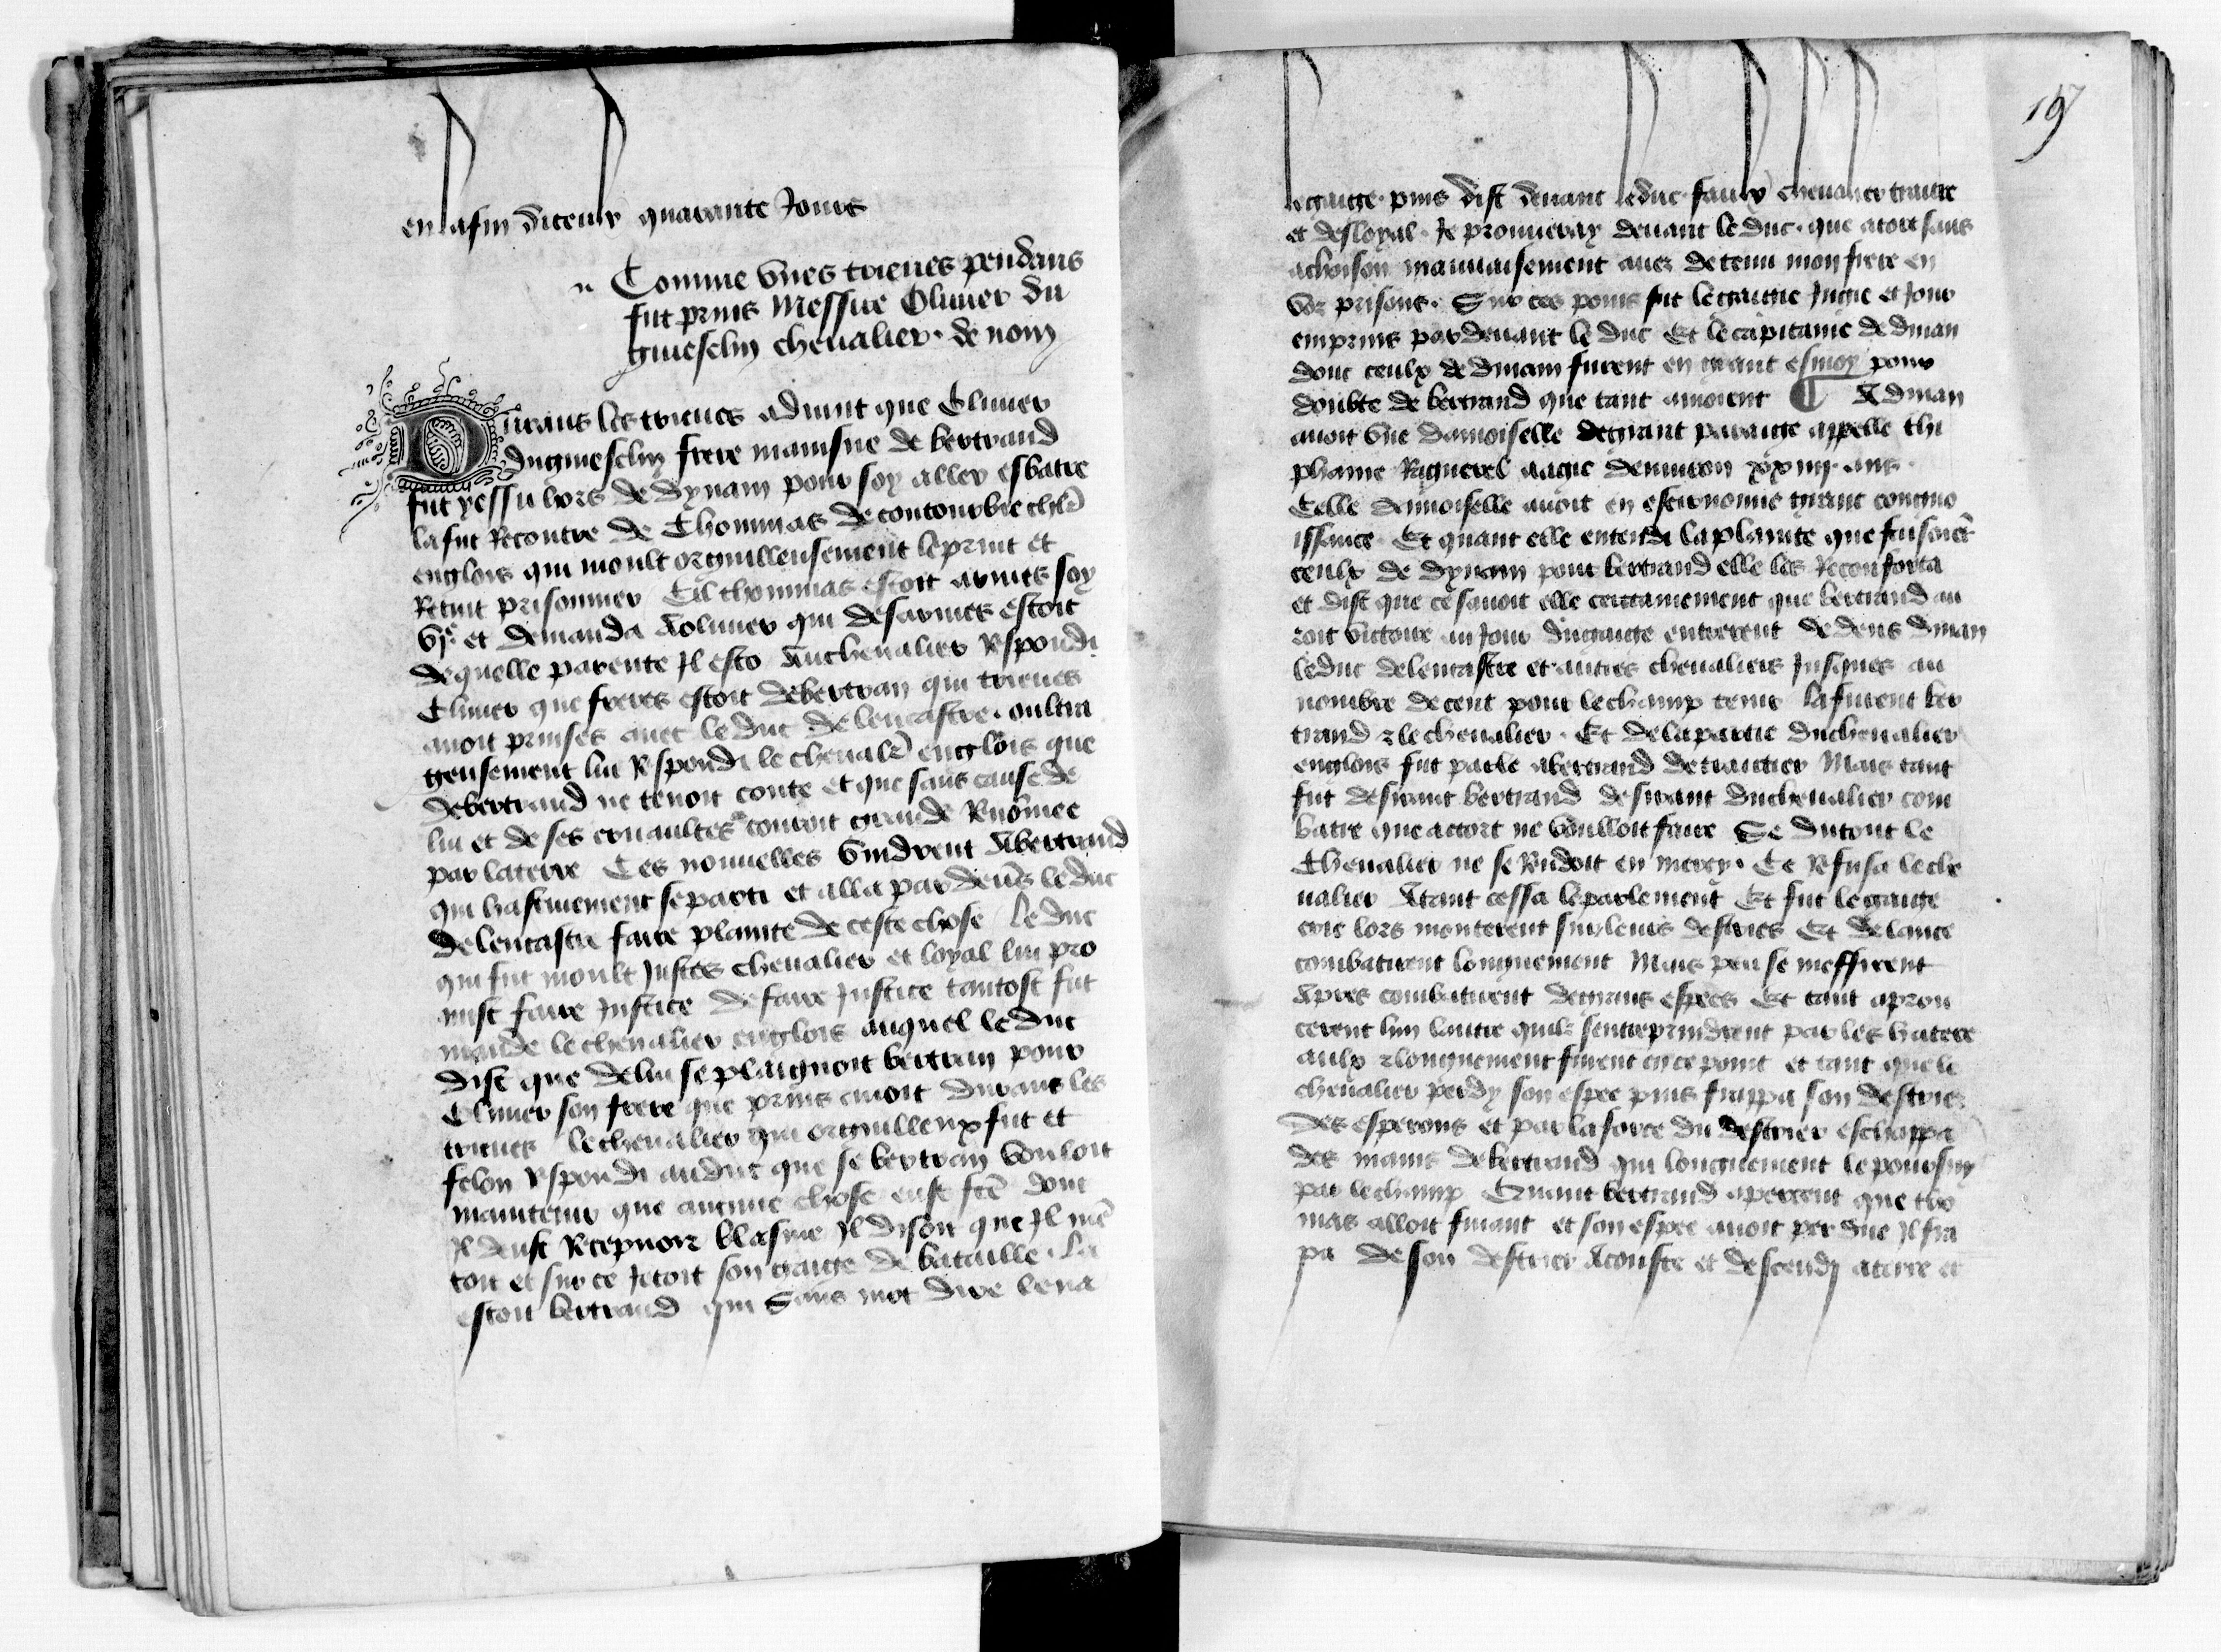
Shelfmark: Paris, BnF, fr. 1984
Century: 15